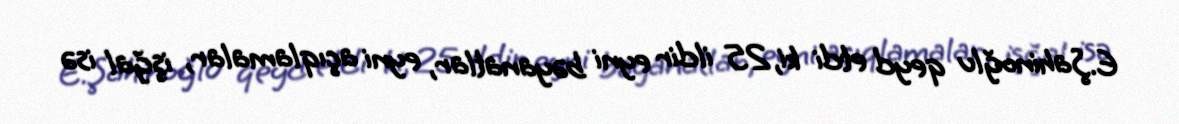
E.Şahinoğlu qeyd etdi ki, 25 ildir eyni bəyanatlar, eyni açıqlamalar, işğal isə